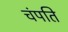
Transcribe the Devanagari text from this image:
चंपति